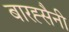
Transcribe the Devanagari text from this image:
बारह्सैनी